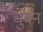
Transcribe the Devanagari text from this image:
चुबंन